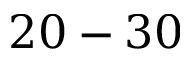
2 0 - 3 0